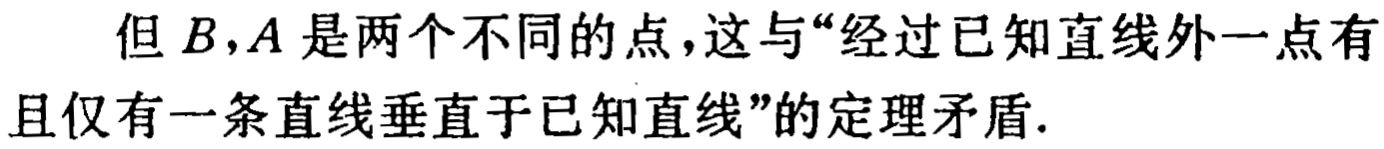
但 \(B,A\) 是两个不同的点，这与“经过已知直线外一点有且仅有一条直线垂直于已知直线”的定理矛盾.